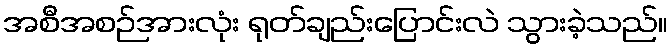
အစီအစဉ်အားလုံး ရုတ်ချည်းပြောင်းလဲ သွားခဲ့သည်။